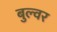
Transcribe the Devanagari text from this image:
बुल्वर